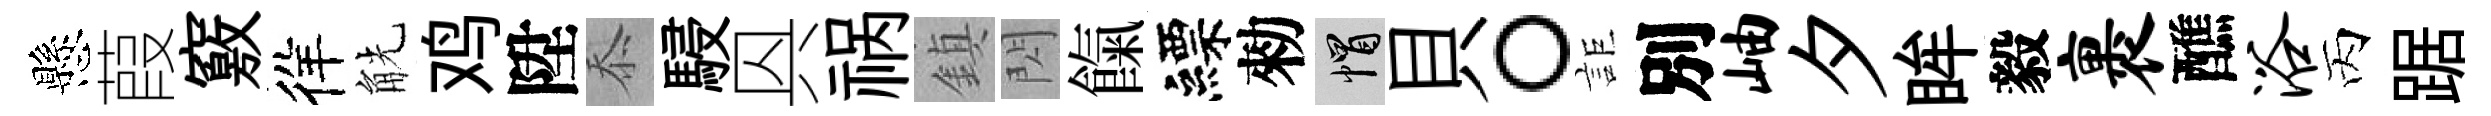
懸葭竅徉觥鸡陞忝駸㒷祸鎮閃餼縹勑帽貝。詎別岫夕眸毅裹醮浴丙踞